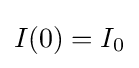
I(0)=I_{\text{0}}